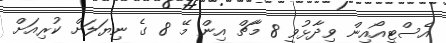
އެސްޓީއޯއިން ވިދާޅުވީ 8 މާޗް އިން މޭ 8 ގެ ނިޔަލަށް ކުރިއަށް